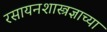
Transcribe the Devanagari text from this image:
रसायनशास्त्रज्ञाच्या